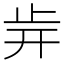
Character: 𣥎